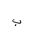
Letter: _ba